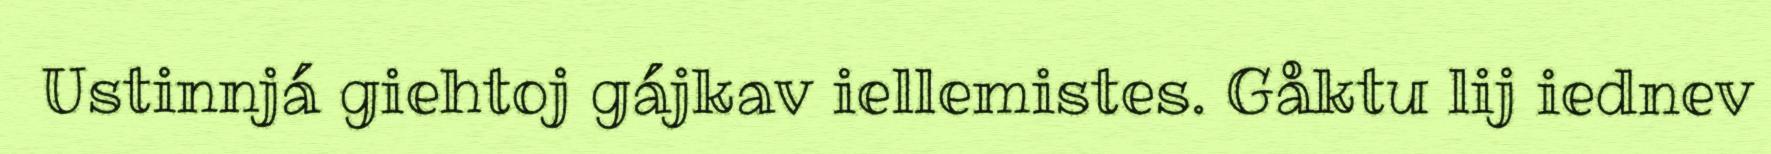
Ustinnjá giehtoj gájkav iellemistes. Gåktu lij iednev